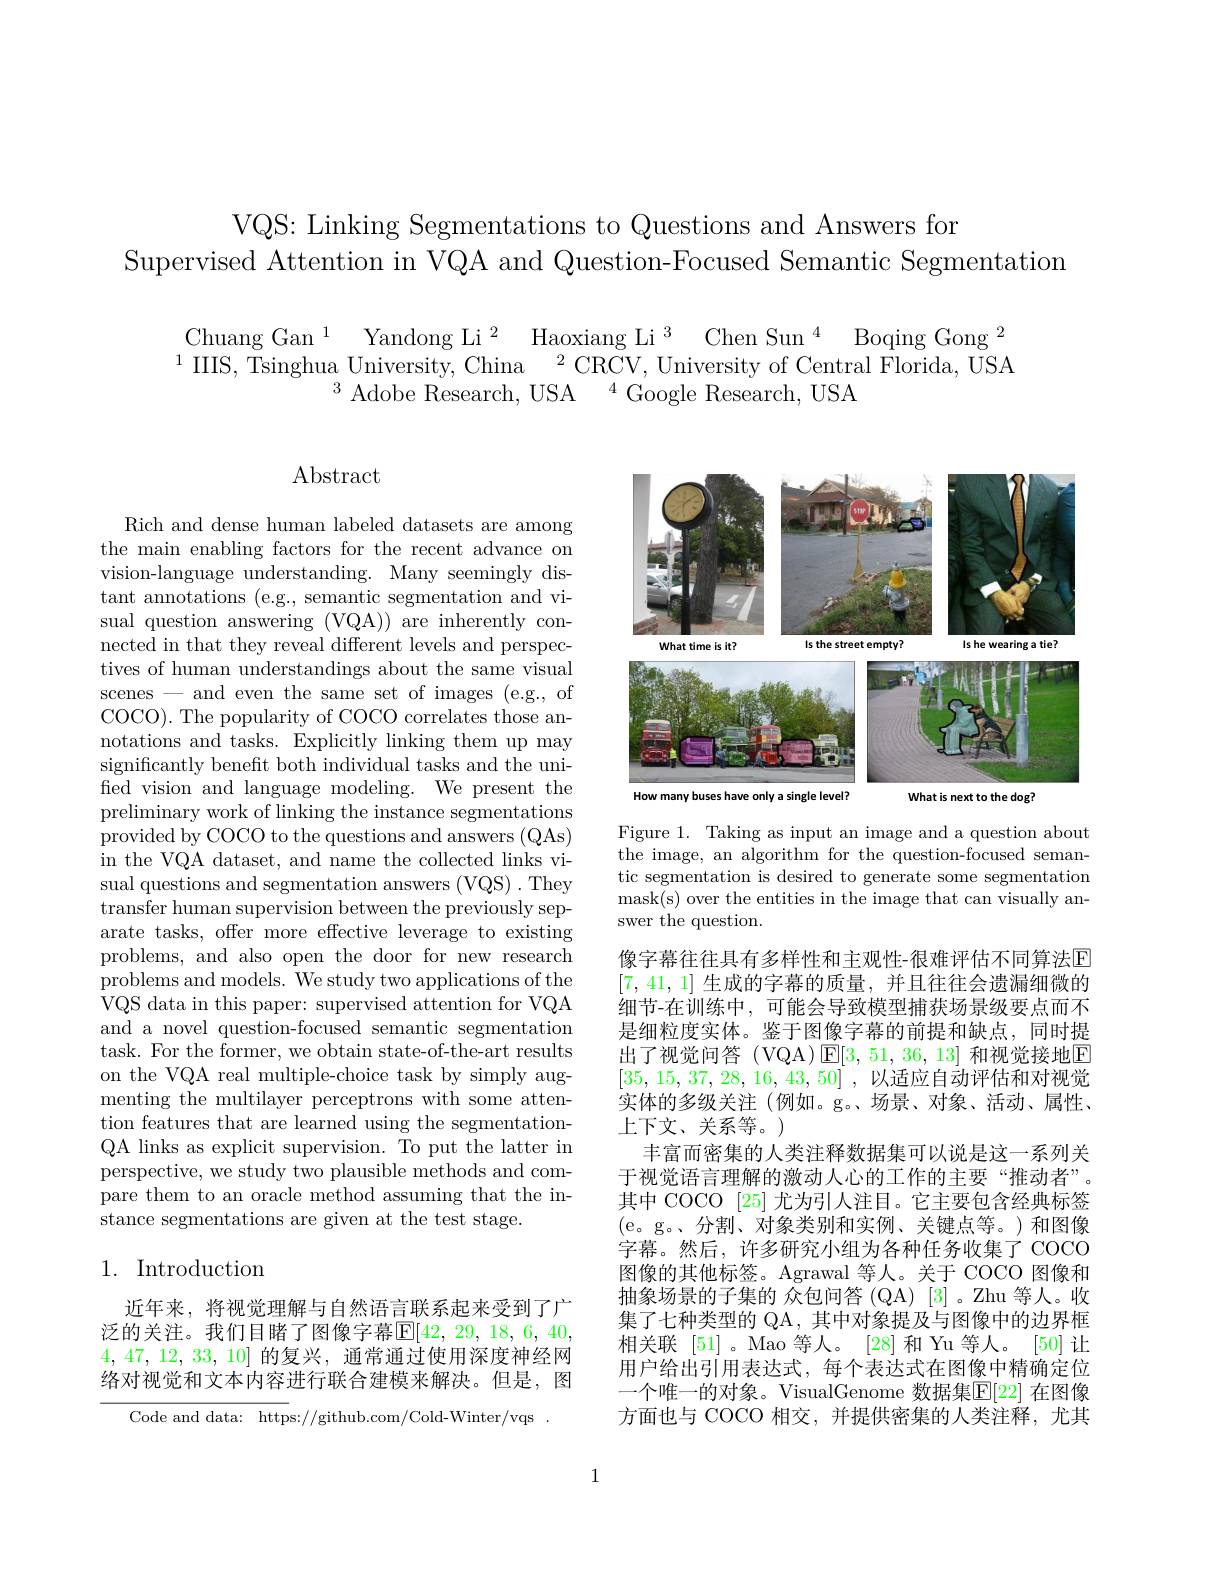
VQS: Linking Segmentations to Questions and Answers for
Supervised Attention in VQA and Question-Focused Semantic Segmentation

$\begin{array}{l}{\mathrm{Chuang~Gan~}^{1}}&{\mathrm{Yandong~Li~}^{2}}&{\mathrm{Haoxiang~Li~}^{3}}&{\mathrm{Chen~Sun~}^{4}}&{\mathrm{Boqing~Gong~}^{2}}\\{^{1}}&{\mathrm{IIIS,~Tsinghua~University,~China~}^{2}\mathrm{CRCV,~University~of~Central~Florida,~USA}}\\{^{3}\mathrm{Adoba~Bocorch~ISA~}^{4}\mathrm{Cood~Bocorch~ISA~}^{4}\mathrm{Cood~B}}\end{array}$
Adobe Research. USA $^{4}$Google Research. USA

$\operatorname{Abstract}$

Rich and dense human labeled datasets are among the main enabling factors for the recent advance on vision-language understanding. Many seemingly distant annotations (e.g., semantic segmentation and visual question answering (VQA)) are inherently connected in that they reveal different levels and perspectives of human understandings about the same visual scenes-and even the same set of images (e.g., of COCO). The popularity of COCO correlates those annotations and tasks. Explicitly linking them up may significantly benefit both individual tasks and the unified vision and language modeling. We present the preliminary work of linking the instance segmentations provided by COCO to the questions and answers (QAs) in the VQA dataset, and name the collected links visual questions and segmentation answers (VQS) . They $\bar{\text{transfer human supervision between the previously sep-}}$ arate tasks, offer more effective leverage to existing problems, and also open the door for new research problems and models. We study two applications of the VQS data in this paper: supervised attention for VQA and a novel question-focused semantic segmentation task. For the former, we obtain state-of-the-art results on the VQA real multiple-choice task by simply augmenting the multilayer perceptrons with some attention features that are learned using the segmentationQA links as explicit supervision. To put the latter in perspective, we study two plausible methods and compare them to an oracle method assuming that the instance segmentations are given at the test stage.

## 1. Introduction

近年来，将视觉理解与自然语言联系起来受到了广泛的关注。我们目睹了图像字幕$\mathbb{E} [ 42$, 29, 18, 6, 40, 4, 47, 12, 33, 10]的复兴，通常通过使用深度神经网络对视觉和文本内容进行联合建模来解决。但是，图

Code and data: https://github.com/Cold-Winter/vqs

<FigureHere>

Figure 1. Taking as input an image and a question about the image, an algorithm for the question-focused semantic segmentation is desired to generate some segmentation mask(s) over the entities in the image that can visually answer the question.
像字幕往往具有多样性和主观性-很难评估不同算法$\mathbb{E}$ [7,41,1]生成的字幕的质量，并且往往会遗漏细微的细节-在训练中，可能会导致模型捕获场景级要点而不是细粒度实体。鉴于图像字幕的前提和缺点，同时提出了视觉问答(VQA)$\operatorname{E}[3,51,36,13]$和视觉接地区[35,15,37,28,16,43,50] , 以适应自动评估和对视觉实体的多级关注(例如。g。、场景、对象、活动、属性、 上下文、关系等。)
丰富而密集的人类注释数据集可以说是这一系列关于视觉语言理解的激动人心的工作的主要“推动者”。其中 COCO [25] 尤为引人注目。它主要包含经典标签(e。g。、分割、对象类别和实例、关键点等。)和图像字幕。然后，许多研究小组为各种任务收集了 COCO 图像的其他标签。Agrawal 等人。关于 COCO 图像和抽象场景的子集的 众包问答 (QA) [3] 。Zhu 等人。收集了七种类型的 QA, 其中对象提及与图像中的边界框相关联 [51]。Mao 等人。[28]和 Yu 等人。[50] 让用户给出引用表达式，每个表达式在图像中精确定位一个唯一的对象。VisualGenome 数据集$\overline{\mathbb{E}}[22]$ 在图像方面也与 COCO 相交，并提供密集的人类注释，尤其

1